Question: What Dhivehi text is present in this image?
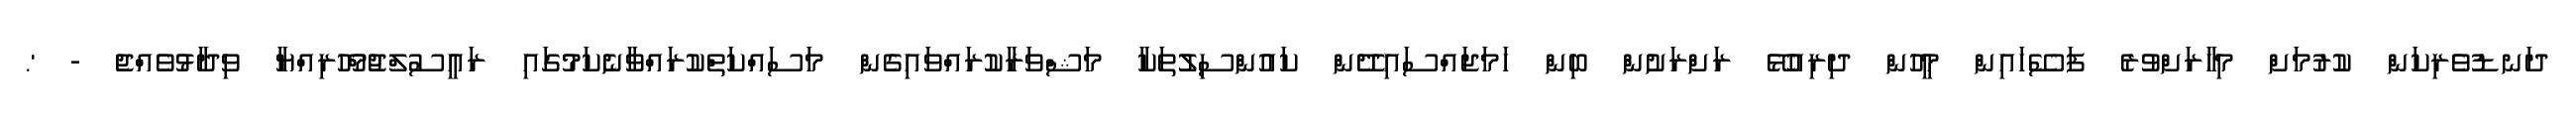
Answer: ދަނޑުވެރިކަން ކުރުމަށް މިހާރަށްވުރެ ފަސޭހައިން މީހުން ދިރިއުޅޭ ރަށްރަށުން ބިން ހަމަޖައްސައިދޭން ކައުންސިލުތަކާ މަޝްވަރާކުރައްވައިގެން މަސައްކަތްކުރައްވާނެކަމުގައި ރައީސުލްޖުމްހޫރިއްޔާ ވިދާޅުވެއްޖެ - '.